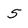
Character: 5